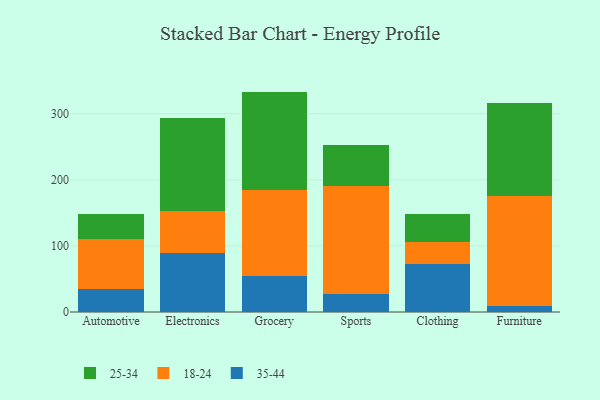
{"axis": {"x": "Category", "y": "Tickets Resolved"}, "legend": ["18-24", "25-34", "35-44"], "data": [{"x": "Automotive", "y": 35.1, "type": "35-44"}, {"x": "Automotive", "y": 75.5, "type": "18-24"}, {"x": "Automotive", "y": 38.0, "type": "25-34"}, {"x": "Electronics", "y": 88.8, "type": "35-44"}, {"x": "Electronics", "y": 64.0, "type": "18-24"}, {"x": "Electronics", "y": 141.4, "type": "25-34"}, {"x": "Grocery", "y": 54.1, "type": "35-44"}, {"x": "Grocery", "y": 131.1, "type": "18-24"}, {"x": "Grocery", "y": 148.2, "type": "25-34"}, {"x": "Sports", "y": 27.9, "type": "35-44"}, {"x": "Sports", "y": 162.8, "type": "18-24"}, {"x": "Sports", "y": 61.3, "type": "25-34"}, {"x": "Clothing", "y": 72.4, "type": "35-44"}, {"x": "Clothing", "y": 33.4, "type": "18-24"}, {"x": "Clothing", "y": 41.9, "type": "25-34"}, {"x": "Furniture", "y": 9.3, "type": "35-44"}, {"x": "Furniture", "y": 166.5, "type": "18-24"}, {"x": "Furniture", "y": 140.0, "type": "25-34"}]}